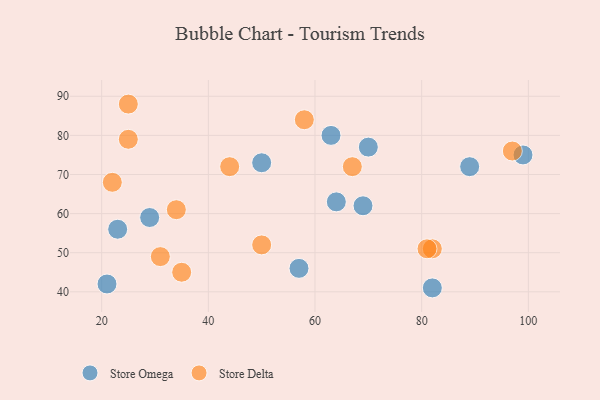
{"axis": {"x": "GDP", "y": "Life Expectancy"}, "legend": ["Store Delta", "Store Omega"], "data": [{"x": "63", "y": 80, "type": "Store Omega"}, {"x": "23", "y": 56, "type": "Store Omega"}, {"x": "69", "y": 62, "type": "Store Omega"}, {"x": "82", "y": 41, "type": "Store Omega"}, {"x": "99", "y": 75, "type": "Store Omega"}, {"x": "29", "y": 59, "type": "Store Omega"}, {"x": "70", "y": 77, "type": "Store Omega"}, {"x": "50", "y": 73, "type": "Store Omega"}, {"x": "57", "y": 46, "type": "Store Omega"}, {"x": "21", "y": 42, "type": "Store Omega"}, {"x": "89", "y": 72, "type": "Store Omega"}, {"x": "64", "y": 63, "type": "Store Omega"}, {"x": "44", "y": 72, "type": "Store Delta"}, {"x": "82", "y": 51, "type": "Store Delta"}, {"x": "25", "y": 79, "type": "Store Delta"}, {"x": "67", "y": 72, "type": "Store Delta"}, {"x": "34", "y": 61, "type": "Store Delta"}, {"x": "97", "y": 76, "type": "Store Delta"}, {"x": "58", "y": 84, "type": "Store Delta"}, {"x": "81", "y": 51, "type": "Store Delta"}, {"x": "25", "y": 88, "type": "Store Delta"}, {"x": "22", "y": 68, "type": "Store Delta"}, {"x": "35", "y": 45, "type": "Store Delta"}, {"x": "31", "y": 49, "type": "Store Delta"}, {"x": "50", "y": 52, "type": "Store Delta"}]}